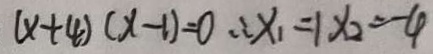
( x + 4 ) ( x - 1 ) = 0 \therefore x _ { 1 } = 1 x _ { 2 } = - 4